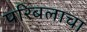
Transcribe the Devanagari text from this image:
परिबलाचा